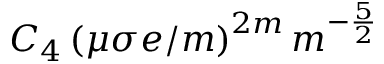
C _ { 4 } \left( \mu \sigma e / m \right) ^ { 2 m } m ^ { - \frac { 5 } { 2 } }